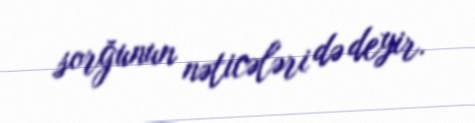
sorğunun nəticələri də deyir.